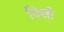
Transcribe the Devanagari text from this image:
तिस्री